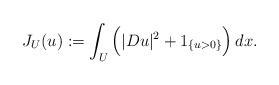
LaTeX: \begin{align*}J_U(u): = \int_{U}\Big(|D u|^2 + 1_{\{ u > 0 \}}\Big)\,dx. \end{align*}